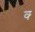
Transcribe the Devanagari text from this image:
क्‍